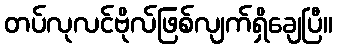
တပ်လုလင်ဗိုလ်ဖြစ်လျက်ရှိချေပြီ။